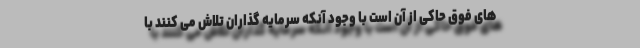
های فوق حاکی از آن است با وجود آنکه سرمایه گذاران تلاش می کنند با